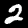
Label: 2